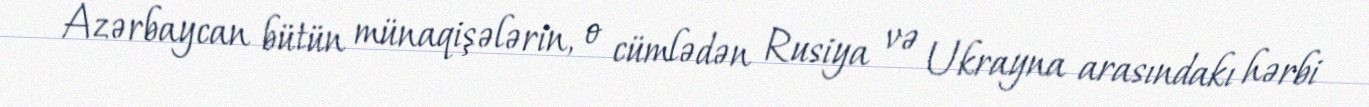
Azərbaycan bütün münaqişələrin, o cümlədən Rusiya və Ukrayna arasındakı hərbi